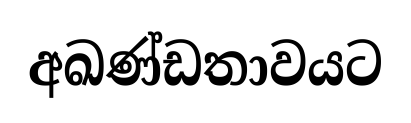
අඛණ්ඩතාවයට